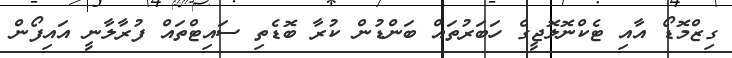
ގިޒްމޮޑޯ އާއި ޓެކްނޮލޮޖީގެ ހަބަރުތައް ބަންޑުން ކުރާ ބޮޑެތި ސައިޓްތައް ފުރާލާނީ އައިފޯން